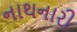
નાથનારી